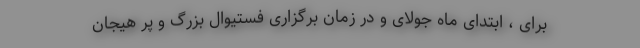
برای ، ابتدای ماه جولای و در زمان برگزاری فستیوال بزرگ و پر هیجان